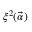
\xi ^ { 2 } ( \vec { \alpha } )